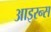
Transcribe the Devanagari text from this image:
आइरन्स